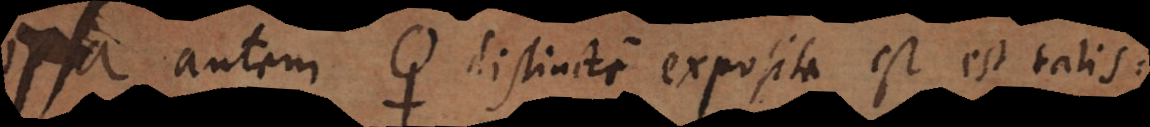
a autem 3) distincte exposita est talis